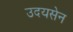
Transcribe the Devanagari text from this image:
उदयसेन